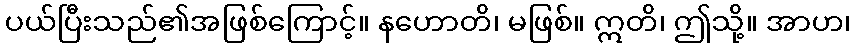
ပယ်ပြီးသည်၏အဖြစ်ကြောင့်။ နဟောတိ၊ မဖြစ်။ ဣတိ၊ ဤသို့။ အာဟ၊